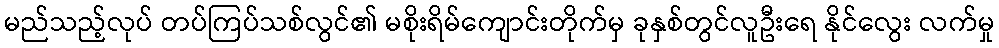
မည်သည့်လုပ် တပ်ကြပ်သစ်လွင်၏ မစိုးရိမ်ကျောင်းတိုက်မှ ခုနှစ်တွင်လူဦးရေ နိုင်လွေး လက်မှု